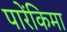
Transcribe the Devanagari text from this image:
पारेंकिमा